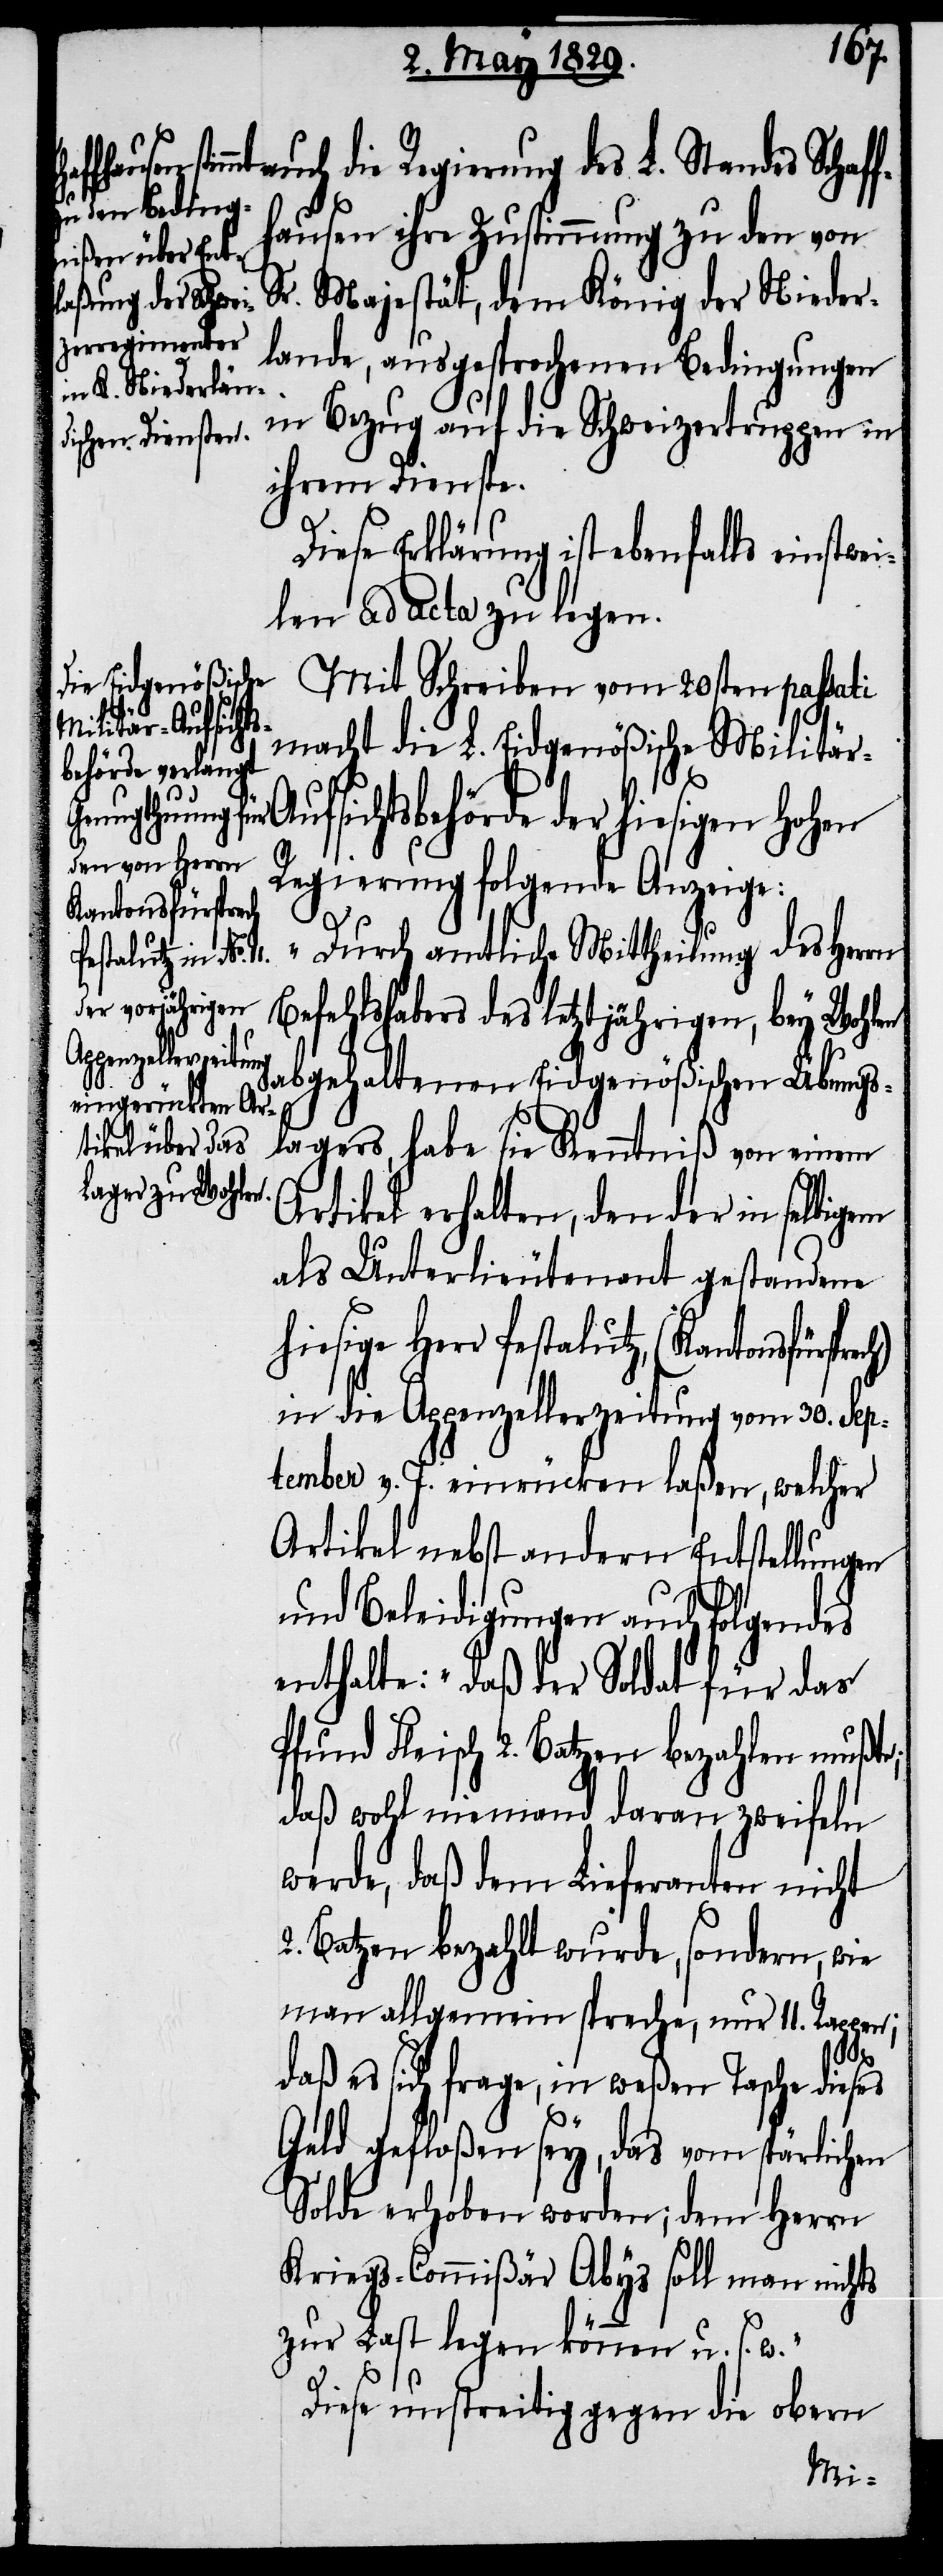
auch die Regierung des L. Standes Schaf¬
fhausen ihre Zustimmung zu den von
Sr. Majestät, dem König der Nieder¬
lande, ausgesprochenen Bedingungen
in Bezug auf die Schweizertruppen in
ihrem Dienste.
Diese Erklärung ist ebenfalls einstwe¬
ilen ad acta zu legen.
Mit Schreiben vom 20sten passati
macht die L. Eidgenößische Militä¬
ufsichtsbehörde der hiesigen Hohen
Regierung folgende Anzeige:
(Kantonsfürsprech)
„Durch amtliche Mittheilung des Herrn
Befehlshabers des letztjährigen, bey Wohlen
abgehaltenen Eidgenößischen Übungs¬
lagers, habe sie Kenntniß von einem
Artikel erhalten, den der in selbigem
als Unterlieutenant gestandene
hiesige Herr Pestalutz,
in die Appenzellerzeitung vom 30. Sep¬
tember v. J. einrücken laßen, welcher
Artikel nebst andern Entstellungen
und Beleidigungen auch folgendes
enthalte: „daß der Soldat für das
Pfund Fleisch 2. Batzen bezahlen müßte;
daß wohl niemand daran zweifeln
werde, daß dem Lieferanten nicht
2. Batzen bezahlt wurde, sondern, wie
man allgemein spreche, nur 11. Rappen;
r-A¬
daß es sich frage, in weßen Tasche dieses
Geld gefloßen sey, das vom spärlichen
Solde erhoben worden; dem Herrn
Kriegs-Commißär Abys soll man nichts
zur Last legen können u. s. w.“
Diese unstreitig gegen die obern